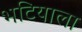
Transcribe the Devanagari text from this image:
भटियाला